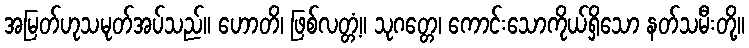
အမြတ်ဟုသမုတ်အပ်သည်။ ဟောတိ၊ ဖြစ်လတ္တံ့။ သုဂတ္တေ၊ ကောင်းသောကိုယ်ရှိသော နတ်သမီးတို့။